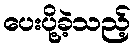
ပေးပို့ခဲ့သည့်